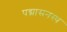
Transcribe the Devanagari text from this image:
पद्मासनस्थ